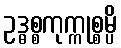
ဥဒ္ဓစ္စကုက္ကုစ္စမ္ပိ